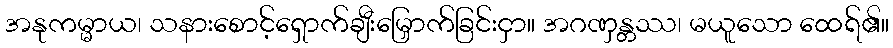
အနုကမ္မာယ၊ သနားစောင့်ရှောက်ချီးမြှောက်ခြင်းငှာ။ အဂဏှန္တဿ၊ မယူသော ထေရ်၏။